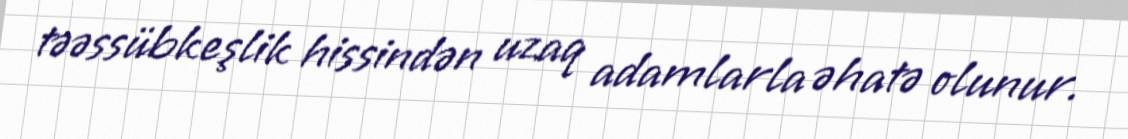
təəssübkeşlik hissindən uzaq adamlarla əhatə olunur.